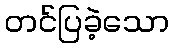
တင်ပြခဲ့သော